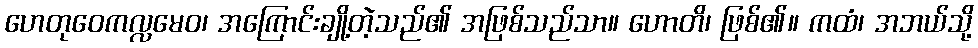
ဟေတုဝေကလ္လမေဝ၊ အကြောင်းချို့တဲ့သည်၏ အဖြစ်သည်သာ။ ဟောတိ၊ ဖြစ်၏။ ကထံ၊ အဘယ်သို့